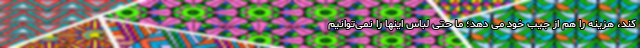
کند، هزینه را هم از جیب خود می دهد؛ ما حتی لباس اینها را نمی‌توانیم